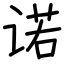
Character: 诺